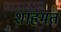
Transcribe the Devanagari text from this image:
शाहमत